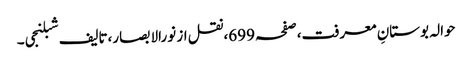
حوالہ بوستانِ معرفت،صفحہ699،نقل از نورالابصار،تالیف شبلنجی۔